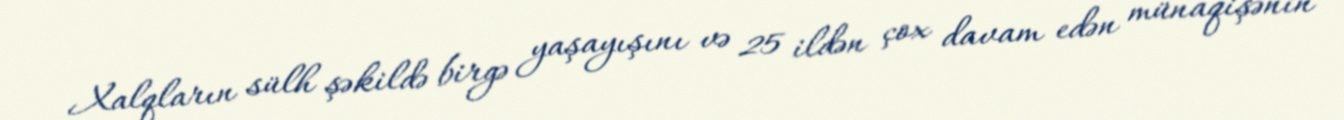
Xalqların sülh şəkildə birgə yaşayışını və 25 ildən çox davam edən münaqişənin